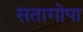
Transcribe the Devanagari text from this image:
सतागोपा